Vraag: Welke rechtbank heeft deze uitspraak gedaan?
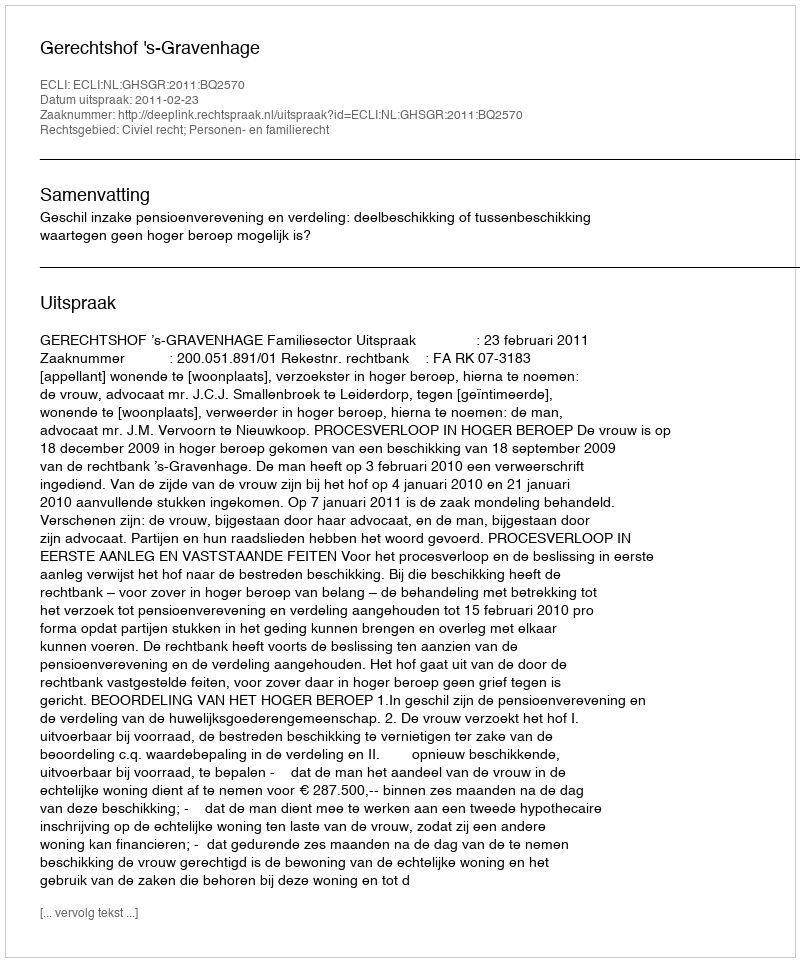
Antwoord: Gerechtshof 's-Gravenhage